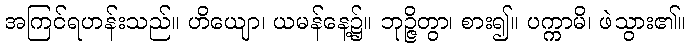
အကြင်ရဟန်းသည်။ ဟိယျော၊ ယမန်နေ့၌။ ဘုဉ္ဇိတွာ၊ စား၍။ ပက္ကာမိ၊ ဖဲသွား၏။